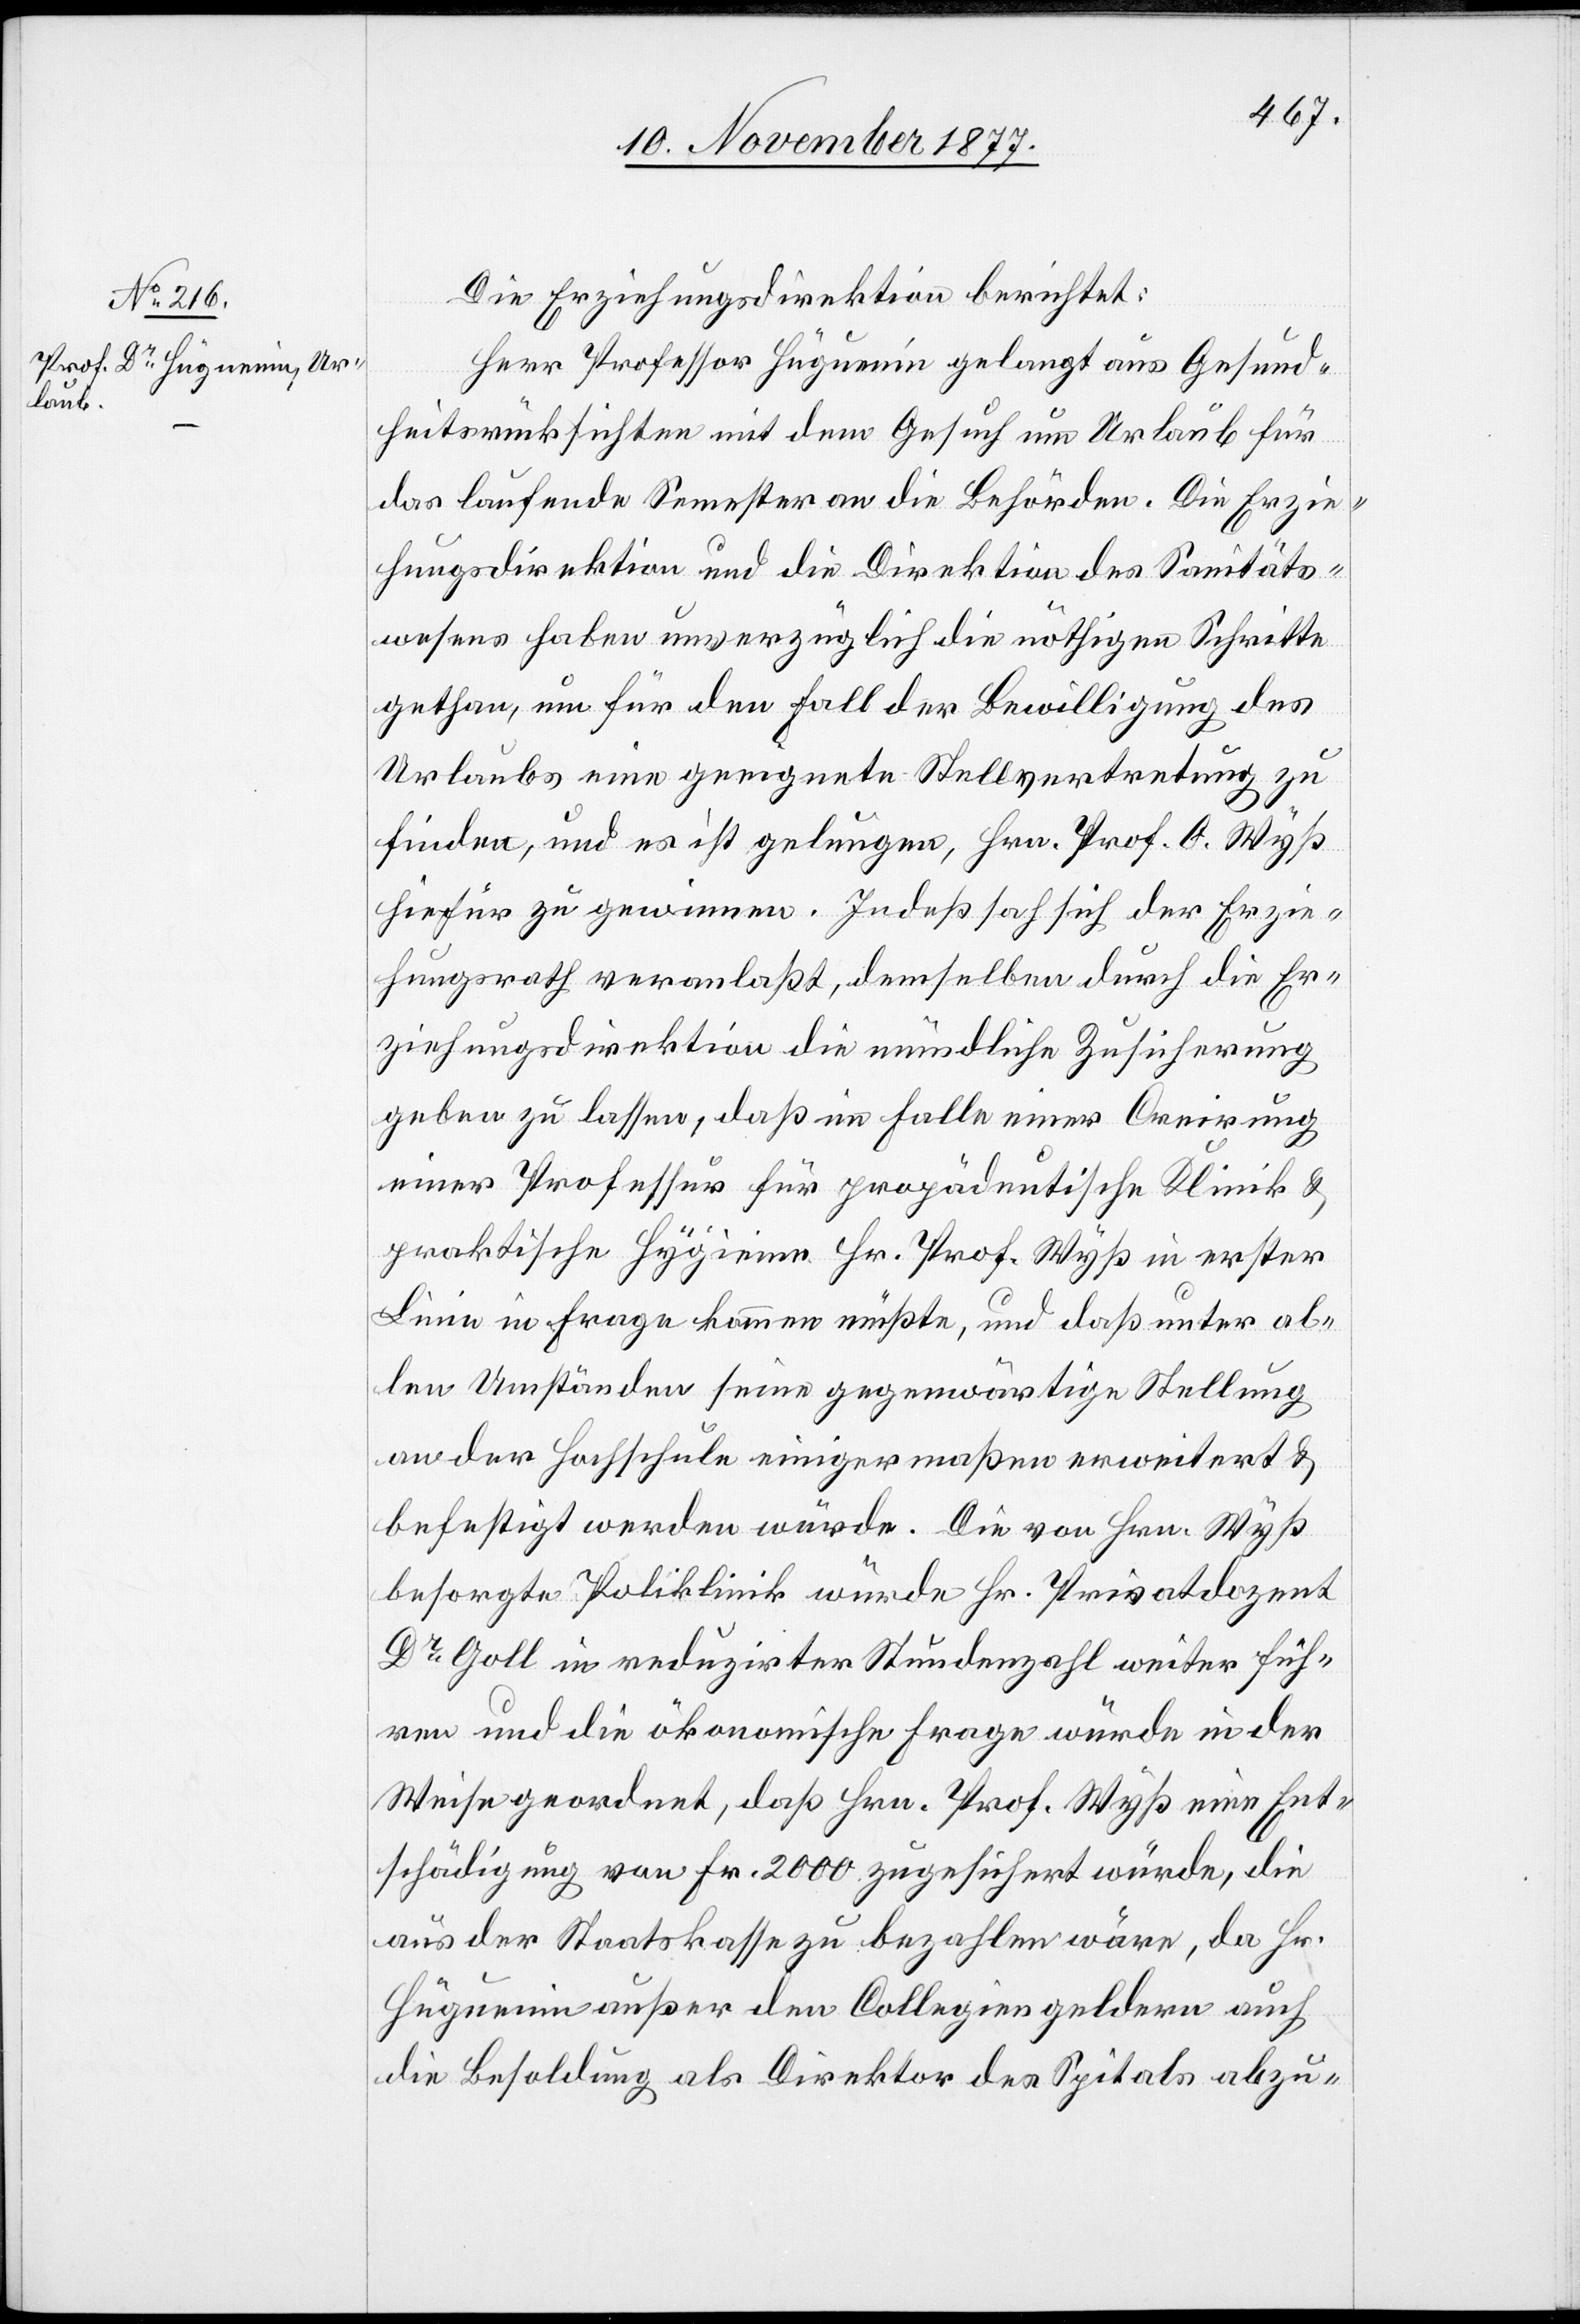
Die Erziehungsdirektion berichtet:
Herr Professor Hüguenin gelangt aus Gesund¬
heitsrücksichten mit dem Gesuch um Urlaub für
das laufende Semester an die Behörden. Die Erzie¬
hungsdirektion und die Direktion des Sanitäts¬
wesens haben unverzüglich die nöthigen Schritte
gethan, um für den Fall der Bewilligung des
Urlaubs eine geeignete Stellvertretung zu
finden, und es ist gelungen, Hrn. Prof. O. Wyß
hiefür zu gewinnen. Indeß sah sich der Erzie¬
hungsrath veranlaßt, demselben durch die Er¬
ziehungsdirektion die mündliche Zusicherung
geben zu lassen, daß im Falle einer Creirung
einer Professur für propädeutische Klinik &
Linie in Frage kommen müßte, und daß unter al¬
len Umständen seine gegenwärtige Stellung
an der Hochschule einigermaßen erweitert &
befestigt werden würde. Die von Hrn. Wyß
besorgte Poliklinik würde Hr. Privatdozent
Dr Goll in reduzirter Stundenzahl weiter füh¬
ren und die ökonomische Frage würde in der
Weise geordnet, daß Hrn. Prof. Wyß eine Ent¬
schädigung von Fr. 2000 zugesichert würde, die
aus der Staatskasse zu bezahlen wäre, da Hr.
Hüguenin außer den Collegiengeldern auch
die Besoldung als Direktor des Spitals abzu-